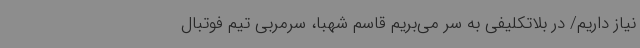
نیاز داریم/ در بلاتکلیفی به سر می‌بریم قاسم شهبا، سرمربی تیم فوتبال